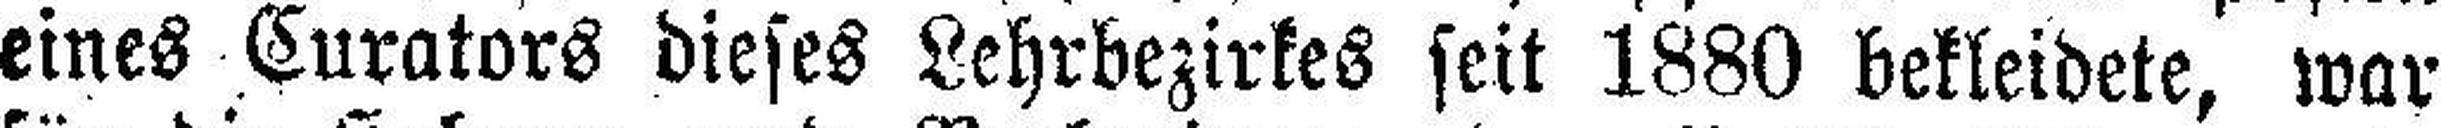
eines Curators dieses Lehrbezirkes seit 1880 bekleidete, war